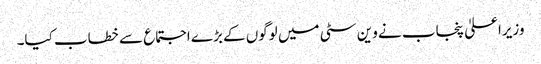
وزیراعلیٰ پنجاب نے وین سٹی میں لوگوں کے بڑے اجتماع سے خطاب کیا۔